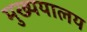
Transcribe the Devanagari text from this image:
मुख्ययालय